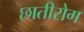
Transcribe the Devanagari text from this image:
छातीरोग